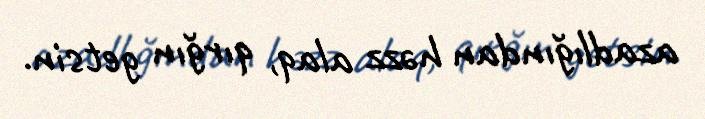
azadlığından həzz alaq, qırğın getsin.